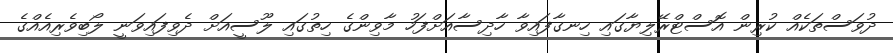
ދުވަސްތަކެއް ކުރިން އޮސްޓްރޭލިޔާގައި ހިނގާފައިވާ ހާދިސާއަށްފަހު މާވިންގެ ހިތުގައި ލޫސީއަށް ދެވިފައިވަނީ ލޯބިވެރިއެއްގެ